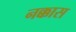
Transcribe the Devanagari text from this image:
नक्कास